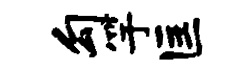
勾竽匡